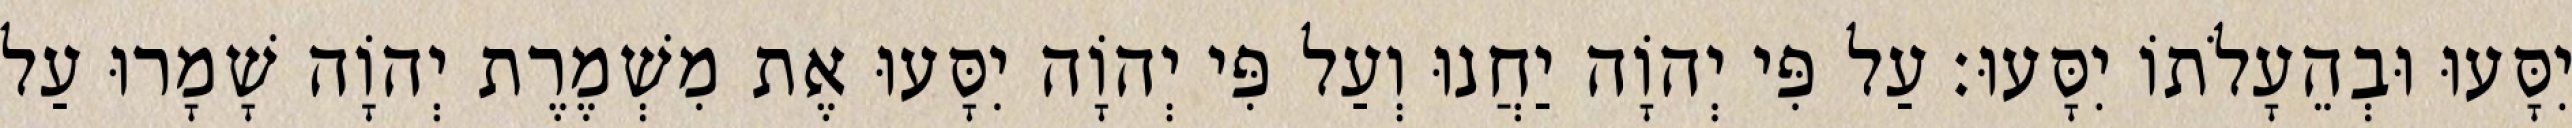
יִסָּעוּ וּבְהֵעָלֹתוֹ יִסָּעוּ׃ עַל פִּי יְהוָֹה יַחֲנוּ וְעַל פִּי יְהוָֹה יִסָּעוּ אֶת מִשְׁמֶרֶת יְהוָֹה שָׁמָרוּ עַל